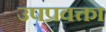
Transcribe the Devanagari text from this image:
उपप्रवक्ता